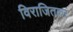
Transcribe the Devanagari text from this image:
विराजितकर